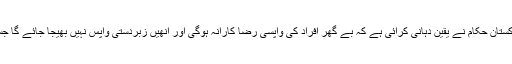
ان کا کہنا تھا کہ پاکستان حکام نے یقین دہانی کرائی ہے کہ بے گھر افراد کی واپسی رضا کارانہ ہوگی اور انھیں زبردستی واپس نہیں بھیجا جائے گا جسے وہ سراہتے ہیں۔